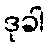
ဒုခါ